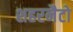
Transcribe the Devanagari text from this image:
शहरनैटो